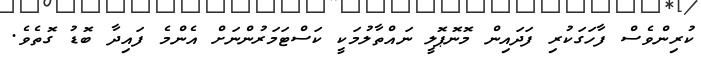
ކުރިންވެސް ފާހަގަކުރި ފަދައިން މޮނޮޕޮލީ ނައްތާލުމަކީ ކަސްޓަމަރުންނަށް އެންމެ ފައިދާ ބޮޑު ގޮތެވެ.